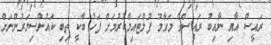
ރައީސް އާއި ނާއިބު ރައީސްގެ މަގާމު ފުލްޓައިމްކުރުމަށް ފަހު ބާކީ ތިބި ކައުންސިލަރުންނަށް